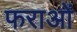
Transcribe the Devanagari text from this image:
फराओं